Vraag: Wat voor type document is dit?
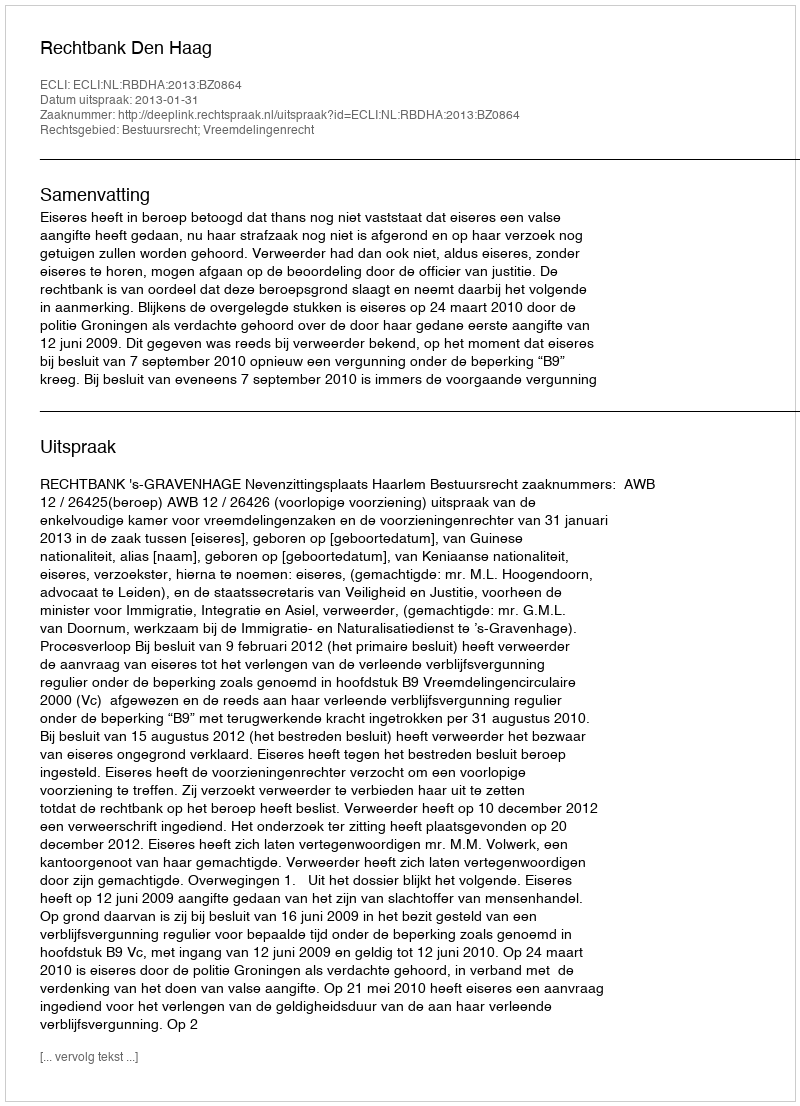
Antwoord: Uitspraak